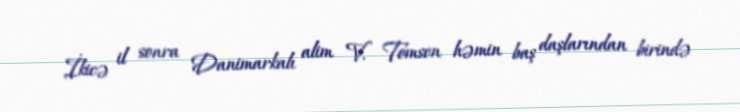
İkicə il sonra Danimarkalı alim V. Tomsen həmin baş daşlarından birində